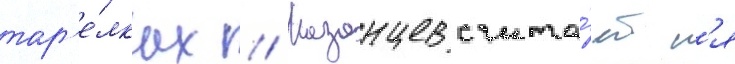
тар'е́лках // Казанцев счита́етс'я